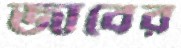
জাবের